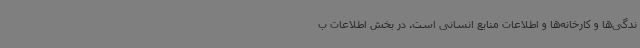
ندگی‌ها و کارخانه‌ها و اطلاعات منابع انسانی است. در بخش اطلاعات ب